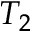
T _ { 2 }